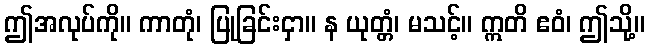
ဤအလုပ်ကို။ ကာတုံ၊ ပြုခြင်းငှာ။ န ယုတ္တံ၊ မသင့်။ ဣတိ ဧဝံ၊ ဤသို့။